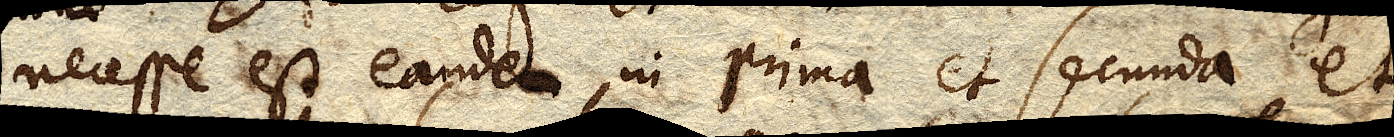
necesse est eandem in prima et secunda et